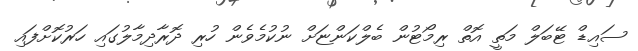
ސައިޑް ޓޭބަލް މަތީ އޮތް ރިމޯޓުން ބެލްކަންޏަށް ނުކުމެވެން ހުރި ދޮރާދިމާލުގައި ހަރުކޮށްފައި